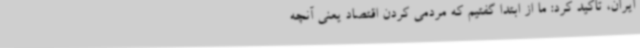
ایران، تاکید کرد: ما از ابتدا گفتیم که مردمی کردن اقتصاد یعنی آنچه